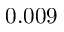
0 . 0 0 9